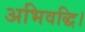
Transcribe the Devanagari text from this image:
अभिवद्धि।